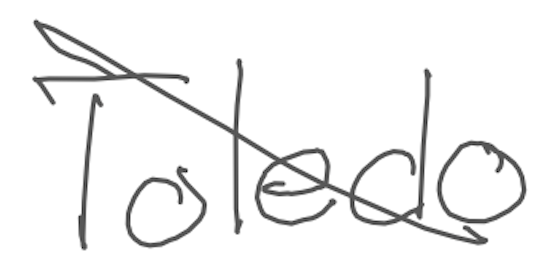
Text: Toledo
Cross-out: diagonal
Writing tool: digital_gray